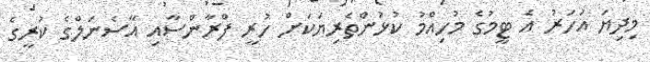
މިދިޔަ އަހަރު އެ ޓީމުގެ މުހިއްމު ކުޅުންތެރިޔަކަށް ހުރީ ފްރާންސާއި އާސެނަލްގެ ކުރީގެ